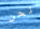
نحن